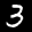
Label: 3